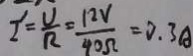
I ^ { \prime } = \frac { U } { R } = \frac { 1 2 V } { 4 0 \Omega } = 0 . 3 A